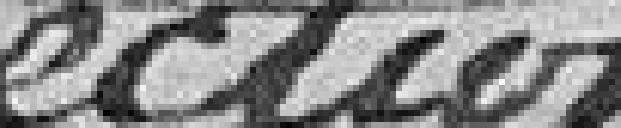
sections